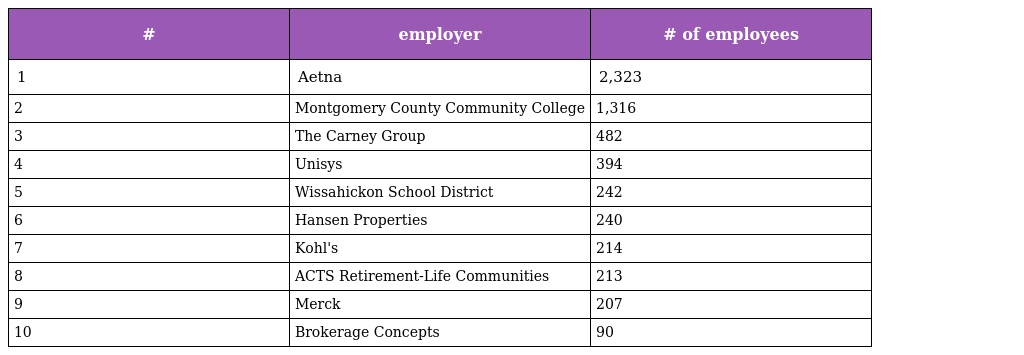
| # | employer | # of employees |
 | --- | --- | --- |
 | 1 | Aetna | 2,323 |
 | 2 | Montgomery County Community College | 1,316 |
 | 3 | The Carney Group | 482 |
 | 4 | Unisys | 394 |
 | 5 | Wissahickon School District | 242 |
 | 6 | Hansen Properties | 240 |
 | 7 | Kohl's | 214 |
 | 8 | ACTS Retirement-Life Communities | 213 |
 | 9 | Merck | 207 |
 | 10 | Brokerage Concepts | 90 |